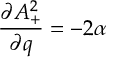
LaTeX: \frac { \partial A _ { + } ^ { 2 } } { \partial q } = - 2 \alpha